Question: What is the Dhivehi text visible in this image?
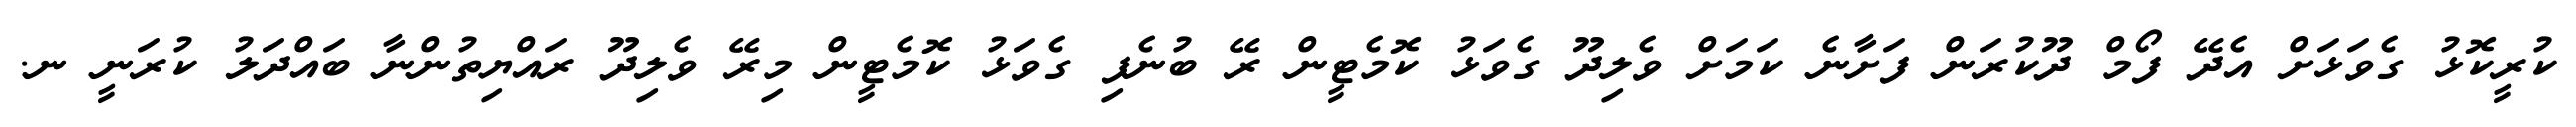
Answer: ކުރީކޮޅު ގެވަޅަށް އެދޭ ފޯމް ދޫކުރަން ފަށާނެ ކަމަށް ވެލިދޫ ގެވަޅު ކޮމެޓީން ރޭ ބުނެފި ގެވަޅު ކޮމެޓީން މިރޭ ވެލިދޫ ރައްޔިތުންނާ ބައްދަލު ކުރަނީ ނ.